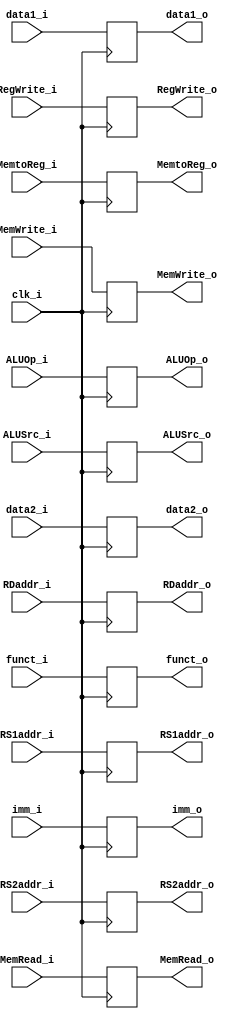
module IDEX (
	clk_i,
	ALUOp_i,
    ALUSrc_i,
    RegWrite_i,
    MemtoReg_i,
    MemRead_i,
    MemWrite_i,
    data1_i,
    data2_i,
    imm_i,
    funct_i,
    RS1addr_i,
    RS2addr_i,
    RDaddr_i,

    ALUOp_o,
    ALUSrc_o,
    RegWrite_o,
    MemtoReg_o,
    MemRead_o,
    MemWrite_o,
    data1_o,
    data2_o,
    imm_o,
    funct_o,
    RS1addr_o,
    RS2addr_o,
    RDaddr_o
);

input						clk_i;
input			[1:0]		ALUOp_i;
input 						ALUSrc_i, RegWrite_i, MemtoReg_i,MemRead_i, MemWrite_i;
input signed	[31:0]		data1_i, data2_i, imm_i;
input			[9:0]		funct_i;
input			[4:0]		RS1addr_i, RS2addr_i, RDaddr_i;

output			[1:0]		ALUOp_o;
output 						ALUSrc_o, RegWrite_o, MemtoReg_o, MemRead_o, MemWrite_o;
output signed	[31:0]		data1_o, data2_o, imm_o;
output			[9:0]		funct_o;
output			[4:0]		RS1addr_o, RS2addr_o, RDaddr_o;

reg				[1:0]		ALUOp_o;
reg 						ALUSrc_o, RegWrite_o, MemtoReg_o, MemRead_o, MemWrite_o;
reg signed		[31:0]		data1_o, data2_o, imm_o;
reg 			[9:0]		funct_o;
reg 			[4:0]		RS1addr_o, RS2addr_o, RDaddr_o;

always @(posedge clk_i) begin
	// Control Signal
	ALUOp_o <= ALUOp_i;
	ALUSrc_o <= ALUSrc_i;
	RegWrite_o <= RegWrite_i;
	MemtoReg_o <= MemtoReg_i;
	MemRead_o <= MemRead_i;
	MemWrite_o <= MemWrite_i;

	//Register Data
	data1_o <= data1_i;
	data2_o <= data2_i;
	imm_o <= imm_i;
	funct_o <= funct_i;
	RS1addr_o <= RS1addr_i;
	RS2addr_o <= RS2addr_i;
	RDaddr_o <= RDaddr_i;
end

endmodule